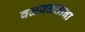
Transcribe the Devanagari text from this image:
वळवळताना